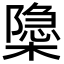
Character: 𬄩